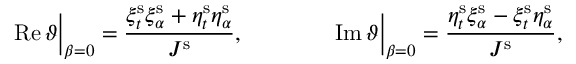
\operatorname { R e } \vartheta \Big \vert _ { \beta = 0 } = \frac { \xi _ { t } ^ { \mathrm { s } } \xi _ { \alpha } ^ { \mathrm { s } } + \eta _ { t } ^ { \mathrm { s } } \eta _ { \alpha } ^ { \mathrm { s } } } { J ^ { \mathrm { s } } } , \qquad \qquad \operatorname { I m } \vartheta \Big \vert _ { \beta = 0 } = \frac { \eta _ { t } ^ { \mathrm { s } } \xi _ { \alpha } ^ { \mathrm { s } } - \xi _ { t } ^ { \mathrm { s } } \eta _ { \alpha } ^ { \mathrm { s } } } { J ^ { \mathrm { s } } } ,